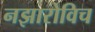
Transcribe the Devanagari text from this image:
नझारोविच